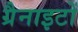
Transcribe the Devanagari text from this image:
ग्रैनाइटों